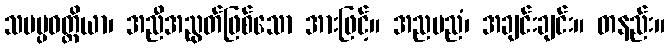
သမပ္ပဝတ္ထိယာ၊ အညီအညွတ်ဖြစ်သော အားဖြင့်။ အညမညံ၊ အချင်းချင်း။ တနည်း။